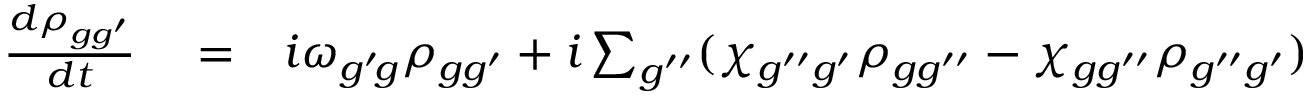
\begin{array} { r l r } { \frac { d \rho _ { g g ^ { \prime } } } { d t } } & { { } = } & { i \omega _ { g ^ { \prime } \! g } \rho _ { g g ^ { \prime } } + i \sum _ { g ^ { \prime \prime } } ( \chi _ { g ^ { \prime \prime } g ^ { \prime } } \rho _ { g g ^ { \prime \prime } } - \chi _ { g g ^ { \prime \prime } } \rho _ { g ^ { \prime \prime } g ^ { \prime } } ) } \end{array}